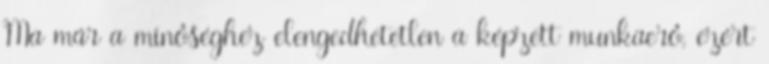
Ma már a minôséghez elengedhetetlen a képzett munkaerô, ezért